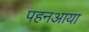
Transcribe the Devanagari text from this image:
पहनआया